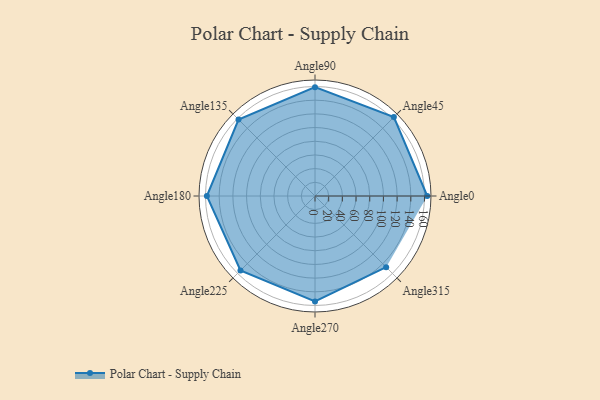
{"axis": {"x": "Angle", "y": "Radius"}, "legend": [""], "data": [{"x": "Angle0", "y": 164.0, "type": ""}, {"x": "Angle45", "y": 163.0, "type": ""}, {"x": "Angle90", "y": 159.0, "type": ""}, {"x": "Angle135", "y": 158.0, "type": ""}, {"x": "Angle180", "y": 158.0, "type": ""}, {"x": "Angle225", "y": 154.0, "type": ""}, {"x": "Angle270", "y": 154.0, "type": ""}, {"x": "Angle315", "y": 147.0, "type": ""}]}